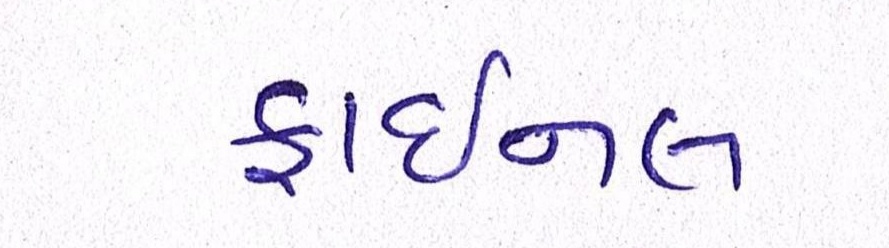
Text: ફાઈનલ